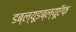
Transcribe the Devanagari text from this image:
डब्ल्यूडब्ल्यूऍफ़